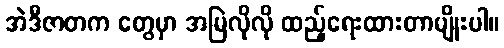
အဲဒီဇာတက တွေမှာ အမြဲလိုလို ထည့်ရေးထားတာမျိုးပါ။